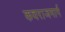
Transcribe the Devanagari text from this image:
कवराजमार्ग